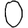
Digit: 0